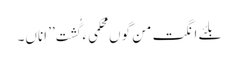
بلئے انگت من گوں محکمیءَ گُشت ’’ اِناں۔